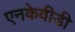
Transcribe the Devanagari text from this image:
एनकेवीडी